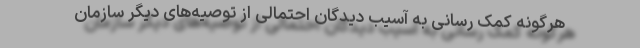
هرگونه کمک رسانی به آسیب دیدگان احتمالی از توصیه‌های دیگر سازمان